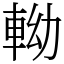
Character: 軪